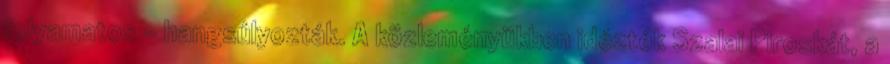
folyamatos - hangsúlyozták. A közleményükben idézték Szalai Piroskát, a